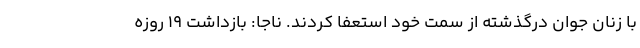
با زنان جوان درگذشته از سمت خود استعفا کردند. ناجا: بازداشت ۱۹ روزه